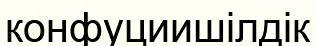
конфуциишілдік